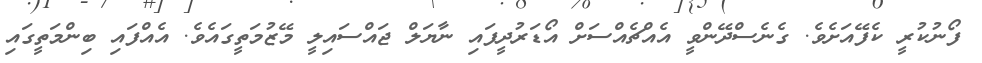
ފޯނުކުރީ ކެފޭއަށެވެ. ގެނެސްދޭންވީ އެއްޗެއްސަށް އޯޑަރުދީފައި ނާޔަލް ޖައްސައިލީ މޭޒުމަތީގައެވެ. އެއްފައި ބިންމަތީގައި